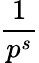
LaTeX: \frac{1}{p^{s}}